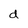
Character: d